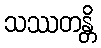
သဿတန္တိ